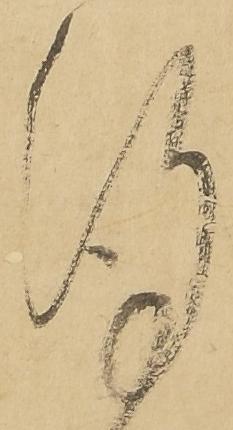
謹